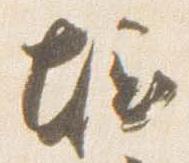
堀